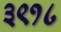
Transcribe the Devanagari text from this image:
३९१८